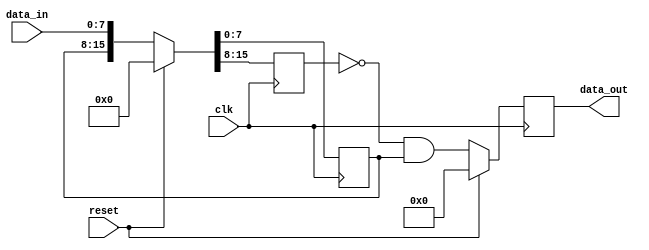
`timescale 1ns / 1ps

// NUM_LEAF_BITS + NUM_PORT_BITS + NUM_ADDR_BITS == ADDR_TOTAL
// NUM_BRAM_ADDR_BITS =< NUM_ADDR_BITS
// NUM_BRAM_ADDR_BITS = NUM_BRAM_ADDR_BITS + NUM_ADDR_REMAINDER_BITS
// port values == 0,1 reserved for initialization packets
// in thise case, port values == 2,3,4,5,6,7,8 are BRAM_IN
// port values == 9,10,11,12,13,14,15 are BRAM_OUT


module rise_detect #(
        parameter integer data_width = 8
    )
    (
        output reg [data_width-1:0]data_out,
        input [data_width-1:0] data_in,
        input clk,
        input reset
    );
    
        reg [data_width-1:0] data_in_1;
        reg [data_width-1:0] data_in_2;
        
        always@(posedge clk) begin 
            if(reset) begin
                {data_in_2, data_in_1} <= 0;
            end else begin
                {data_in_2, data_in_1} <= {data_in_1, data_in};
            end
        end
        
        wire [data_width-1:0] data_out_comb;
        assign data_out_comb = (~data_in_2) & (data_in_1);
        
        always@(posedge clk) begin 
            if(reset) begin
                data_out <= 0;
            end else begin
                data_out <= data_out_comb;
            end
        end
    
    
        
        
    endmodule